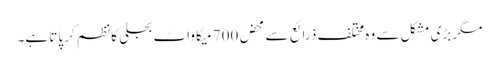
مگر بڑی مشکل سے وہ مختلف ذرائع سے محض 700 میگا واٹ بجلی کا نظم کر پاتا ہے۔